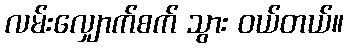
လမ်းလျှောက်စက် သွား ဝယ်တယ်။